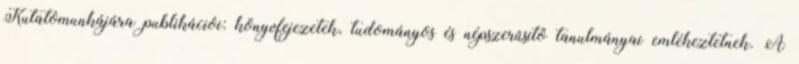
Kutatómunkájára publikációi: könyvfejezetek, tudományos és népszerûsítô tanulmányai emlékeztetnek. A